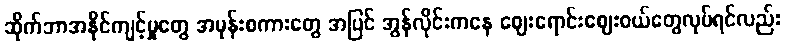
ဆိုက်ဘာအနိုင်ကျင့်မှုတွေ အမုန်းစကားတွေ အပြင် အွန်လိုင်းကနေ ဈေးရောင်းဈေးဝယ်တွေလုပ်ရင်လည်း